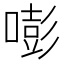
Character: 嘭